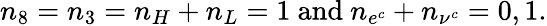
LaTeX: n_{8}=n_{3}=n_{H}+n_{L}=1{\mathrm{~and~}}n_{e^{c}}+n_{\nu^{c}}=0,1.